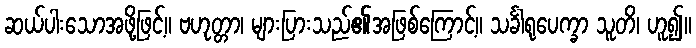
ဆယ်ပါးသောအဖို့ဖြင့်။ ဗဟုတ္တာ၊ များပြားသည်၏အဖြစ်ကြောင့်။ သင်္ခါရုပေက္ခာ သူတိ၊ ဟူ၍။